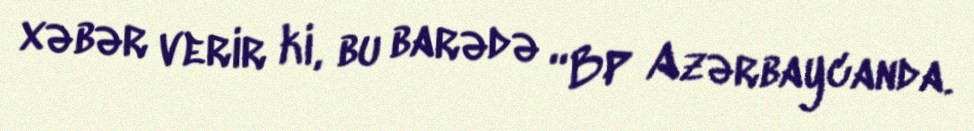
xəbər verir ki, bu barədə “BP Azərbaycanda.